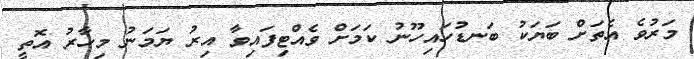
މަރުވެ އެތަށް ބަޔަކު ބަނޑުހައިހޫނު ކަމަށް ވެއްޓިފައިވާ އިރު ޔަމަނު މިހާރު އޮތީ